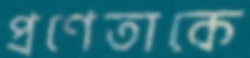
প্রণেতাকে